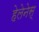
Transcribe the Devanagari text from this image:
हेलेनेस्